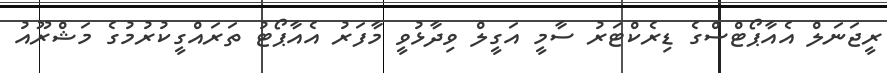
ރީޖަނަލް އެއާޕޯޓްސްގެ ޑިރެކްޓަރު ސާމީ އަގީލް ވިދާޅުވީ މާފަރު އެއާޕޯޓު ތަރައްގީކުރުމުގެ މަޝްރޫއު